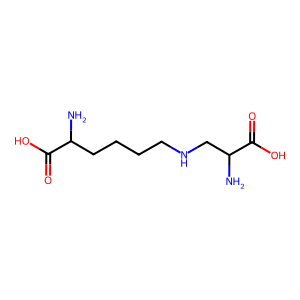
SMILES: NC(CCCCNCC(N)C(=O)O)C(=O)O
Inhibits HIV replication: No